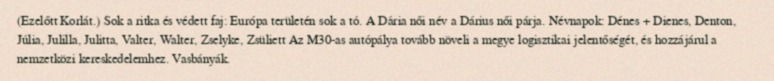
(Ezelőtt Korlát.) Sok a ritka és védett faj: Európa területén sok a tó. A Dária női név a Dárius női párja. Névnapok: Dénes + Dienes, Denton, Júlia, Julilla, Julitta, Valter, Walter, Zselyke, Zsüliett Az M30-as autópálya tovább növeli a megye logisztikai jelentőségét, és hozzájárul a nemzetközi kereskedelemhez. Vasbányák.